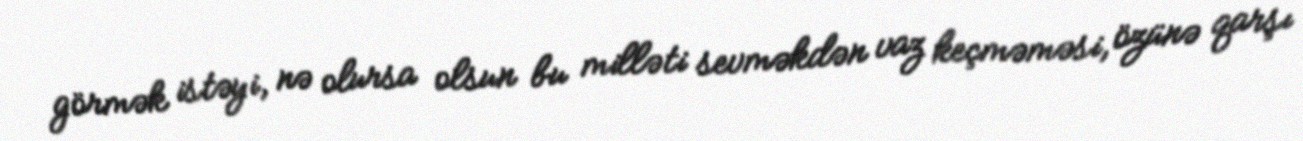
görmək istəyi, nə olursa olsun bu milləti sevməkdən vaz keçməməsi, özünə qarşı